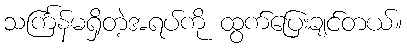
သင်္ကြန်မရှိတဲ့အရပ်ကို ထွက်ပြေးချင်တယ်။